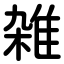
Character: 雑